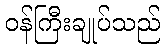
ဝန်ကြီးချုပ်သည်